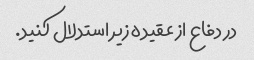
در دفاع از عقیده زیر استدلال کنید.